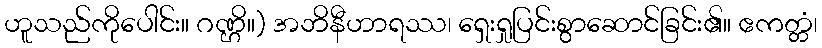
ဟူသည်ကိုပေါင်း။ ဂဏ္ဌိ။) အဘိနီဟာရဿ၊ ရှေးရှုပြင်းစွာဆောင်ခြင်း၏။ ဧကတ္တံ၊